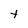
Character: t